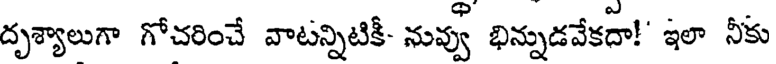
దృశ్యాలుగా గోచరించే వాటన్నిటికీ- నువ్వు భిన్నుడవేకదా!' ఇలా నీకు